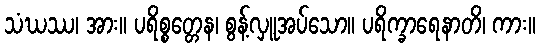
သံဃဿ၊ အား။ ပရိစ္စတ္တေန၊ စွန့်လှူအပ်သော။ ပရိက္ခာရေနာတိ၊ ကား။